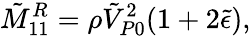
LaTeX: \tilde{M}_{11}^{R}=\rho\tilde{V}_{P0}^{2}(1+2\tilde{\epsilon}),